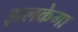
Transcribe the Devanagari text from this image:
झलकेगा